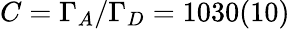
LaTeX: C=\Gamma_{A}/\Gamma_{D}=1030(10)